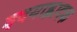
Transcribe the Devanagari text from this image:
हृदयाह्लादक